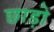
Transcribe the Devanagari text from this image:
छाड़ो